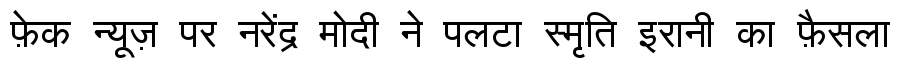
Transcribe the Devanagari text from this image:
फ़ेक न्यूज़ पर नरेंद्र मोदी ने पलटा स्मृति इरानी का फ़ैसला